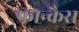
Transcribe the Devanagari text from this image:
फ्रान्कैस